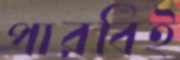
পারবিই